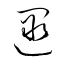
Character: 遝